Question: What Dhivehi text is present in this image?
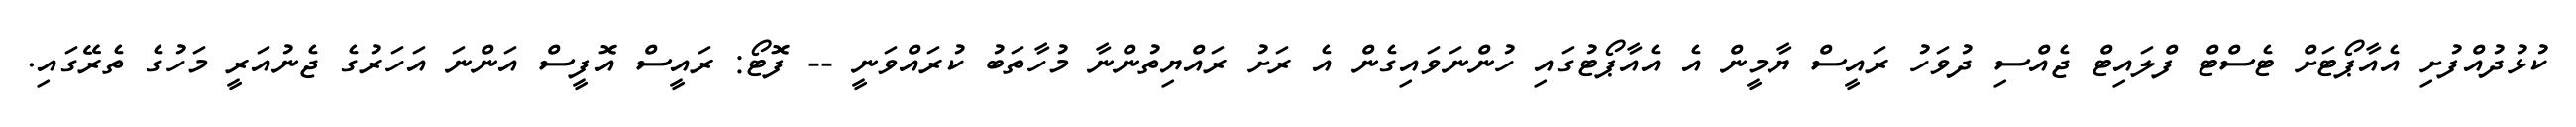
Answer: ކުޅުދުއްފުށި އެއާޕޯޓަށް ޓެސްޓް ފްލައިޓް ޖެއްސި ދުވަހު ރައީސް ޔާމީން އެ އެއާޕޯޓުގައި ހުންނަވައިގެން އެ ރަށު ރައްޔިތުންނާ މުހާތަބު ކުރައްވަނީ -- ފޮޓޯ: ރައީސް އޮފީސް އަންނަ އަހަރުގެ ޖެނުއަރީ މަހުގެ ތެރޭގައި.